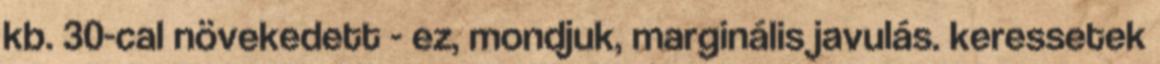
kb. 30-cal növekedett - ez, mondjuk, marginális javulás. keressetek